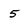
Character: 5